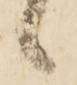
ヽ